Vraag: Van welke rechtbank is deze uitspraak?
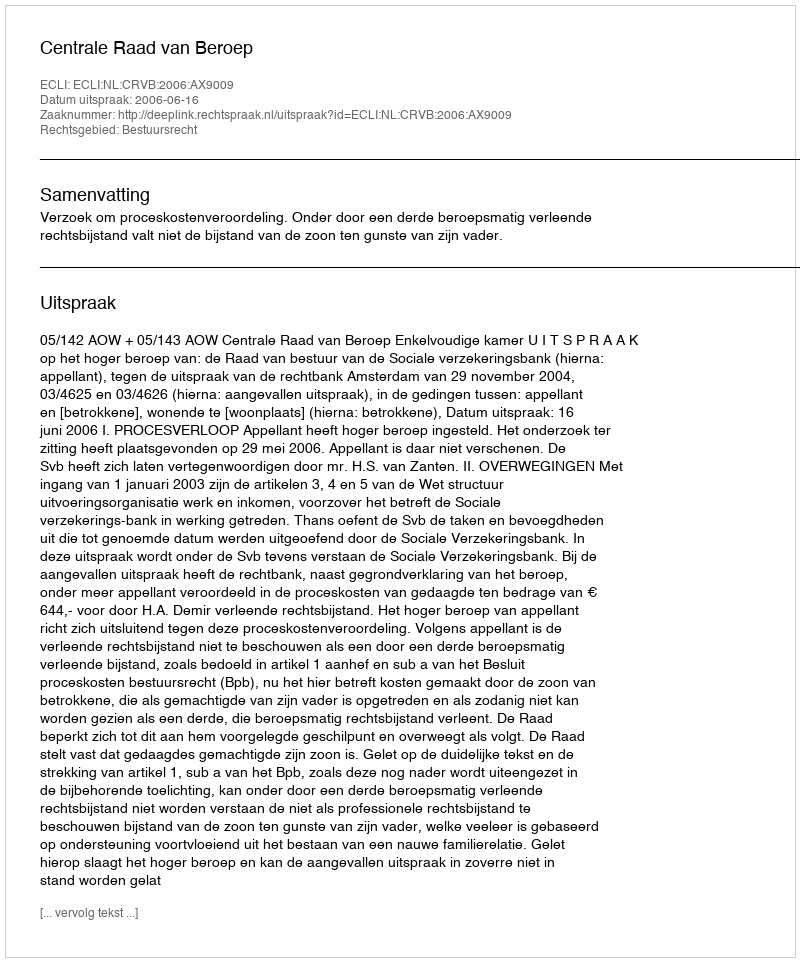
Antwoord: Centrale Raad van Beroep